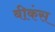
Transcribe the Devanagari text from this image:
बीकंस